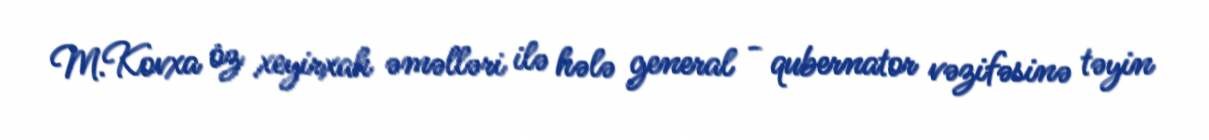
M.Kovxa öz xeyirxah əməlləri ilə hələ general - qubernator vəzifəsinə təyin